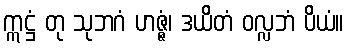
ဣဋ္ဌံ တု သုဘဂံ ဟဇ္ဇံ၊ ဒယိတံ ဝလ္လဘံ ပိယံ။